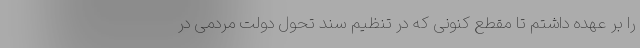
را بر عهده داشتم تا مقطع کنونی که در تنظیم سند تحول دولت مردمی در